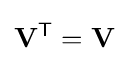
\mathbf {V} ^{\mathsf {T}}=\mathbf {V} \